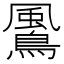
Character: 𩘵